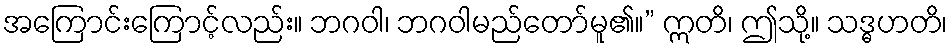
အကြောင်းကြောင့်လည်း။ ဘဂဝါ၊ ဘဂဝါမည်တော်မူ၏။” ဣတိ၊ ဤသို့။ သဒ္ဓဟတိ၊